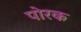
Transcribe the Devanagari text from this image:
पोरक